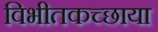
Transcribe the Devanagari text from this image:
विभीतकच्छाया